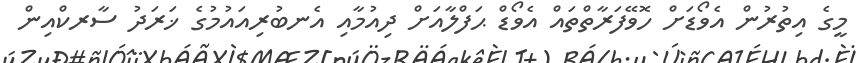
މީގެ އިތުރުން އެވޯޑަށް ހޮވޭފަރާތްތައް އެވޯޑް ޙަފްލާއަށް ދިއުމާއި އެނބުރިއައުމުގެ ޚަރަދު ސާރކްއިން